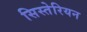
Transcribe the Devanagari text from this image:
सिस्तेरियन